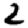
Digit: 2